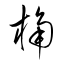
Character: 桷